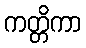
ကတ္တိကာ